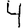
Digit: 4